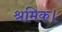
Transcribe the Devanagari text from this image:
श्रमिक।